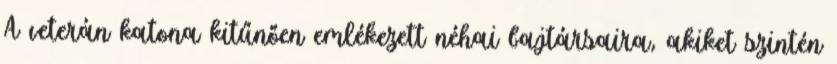
A veterán katona kitűnően emlékezett néhai bajtársaira, akiket szintén